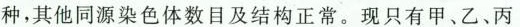
种，其他同源染色体数目及结构正常。现只有甲、乙、丙